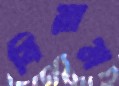
বিরাম